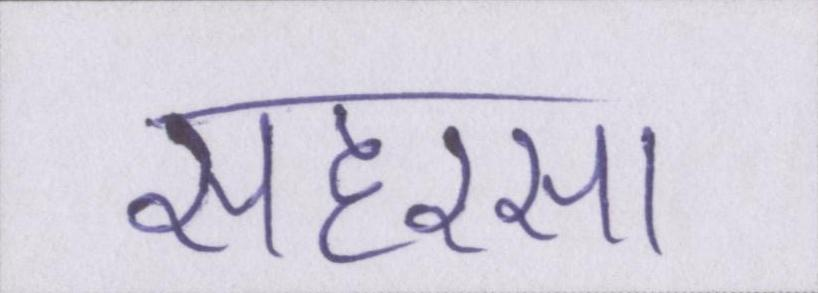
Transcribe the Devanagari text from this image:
सहरसा